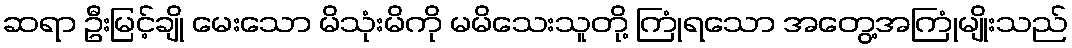
ဆရာ ဦးမြင့်ချို မေးသော မိသုံးမိကို မမိသေးသူတို့ ကြုံရသော အတွေ့အကြုံမျိုးသည်